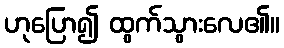
ဟုပြော၍ ထွက်သွားလေ၏။